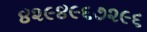
૪૨૯૪૯૬૭૨૯૬